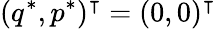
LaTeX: (q^{*},p^{*})^{\intercal}=(0,0)^{\intercal}